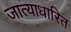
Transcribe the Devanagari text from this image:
जात्याधारित